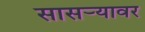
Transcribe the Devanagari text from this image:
सासर्‍यावर